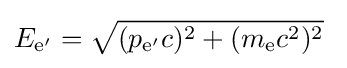
E_{{\text{e}}'}={\sqrt {(p_{{\text{e}}'}c)^{2}+(m_{\text{e}}c^{2})^{2}}}~